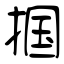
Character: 掴